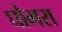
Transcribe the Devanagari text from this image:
घोमरा